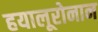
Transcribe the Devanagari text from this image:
हयालूरोनान